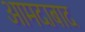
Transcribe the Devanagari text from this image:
आमदाबाद